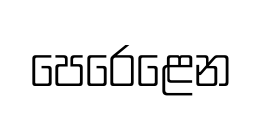
පෙරෙළෙන